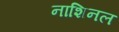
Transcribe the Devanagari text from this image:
नाशिनल